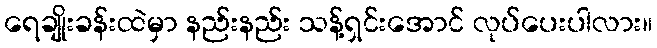
ရေချိုးခန်းထဲမှာ နည်းနည်း သန့်ရှင်းအောင် လုပ်ပေးပါလား။